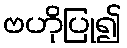
ဗဟိုပြု၍